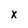
Character: x